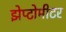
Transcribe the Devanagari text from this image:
झेप्टोमीटर